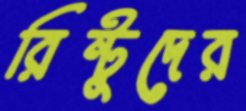
রিন্টুদের